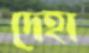
দেহা